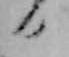
日